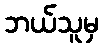
ဘယ်သူမှ